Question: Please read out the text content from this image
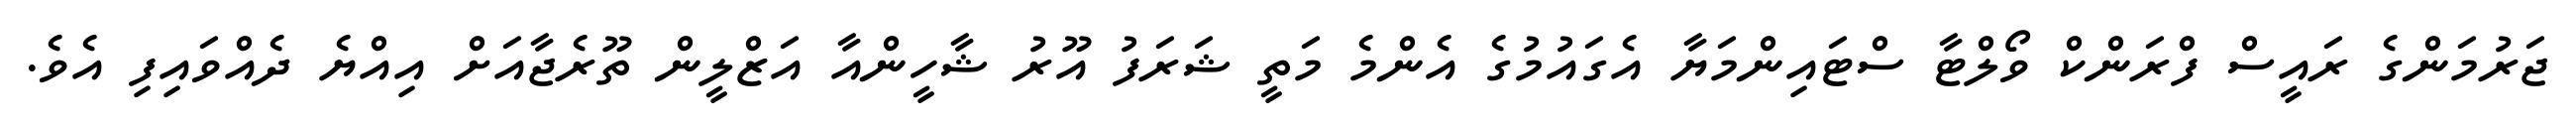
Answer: ޖަރުމަންގެ ރައީސް ފްރަންކް ވޯލްޓާ ސްޓައިންމަޔާ އެގައުމުގެ އެންމެ މަތީ ޝަރަފު އޫރު ޝާހީންއާ އަޒްލީން ތޫރެޖާއަށް އިއްޔެ ދެއްވައިފި އެވެ.